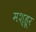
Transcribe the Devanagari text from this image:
मश्‍हूर